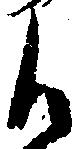
候